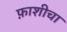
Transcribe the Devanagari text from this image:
फ़ाशीचा